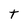
Character: t